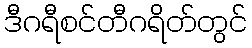
ဒီဂရီစင်တီဂရိတ်တွင်